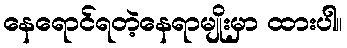
နေရောင်ရတဲ့နေရာမျိုးမှာ ထားပါ။